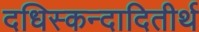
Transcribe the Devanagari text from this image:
दधिस्कन्दादितीर्थ